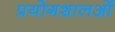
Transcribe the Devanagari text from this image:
प्रयोगशालओं